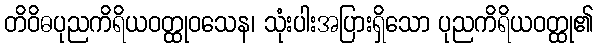
တိဝိဓပုညကိရိယဝတ္ထုဝသေန၊ သုံးပါးအပြားရှိသော ပုညကိရိယဝတ္ထု၏